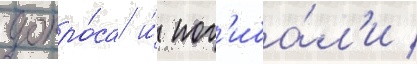
допро́са и́ пог'иба́л'и /